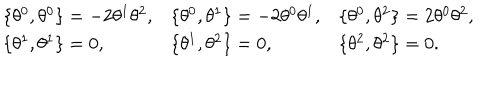
\begin{array} { l l l } { { \{ \theta ^ { 0 } , \theta ^ { 0 } \} = - 2 \theta ^ { 1 } \theta ^ { 2 } , } } & { { \{ \theta ^ { 0 } , \theta ^ { 1 } \} = - 2 \theta ^ { 0 } \theta ^ { 1 } , } } & { { \{ \theta ^ { 0 } , \theta ^ { 2 } \} = 2 \theta ^ { 0 } \theta ^ { 2 } , } } \\ { { \{ \theta ^ { 1 } , \theta ^ { 1 } \} = 0 , } } & { { \{ \theta ^ { 1 } , \theta ^ { 2 } \} = 0 , } } & { { \{ \theta ^ { 2 } , \theta ^ { 2 } \} = 0 . } } \\ \end{array}